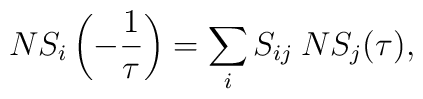
NS_i\left(-{1\over \tau}\right)=\sum_i S_{ij}\: NS_j(\tau),